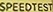
SPEEDTEST